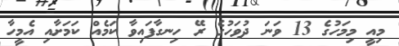
މިއީ މިމަހުގެ 13 ވަނަ ދުވަހުގެ ރޭ ހިނގާފައިވާ ކަމެއް ކަމަށާއި އެމީހާ